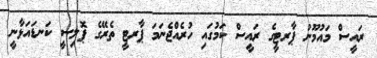
ރައީސް މައުމޫނު ޕާރޓީގެ ރައީސް ކަމުގައި ހުރެއްޖެނަމަ ޕާރޓީ ތެރޭގެ ޕޮލިސީ ކަނޑައަޅާނީ